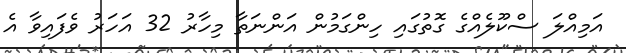
އަމިއްލަ ސްކޫލެއްގެ ގޮތުގައި ހިންގަމުން އަންނަތާ މިހާރު 32 އަހަރު ވެފައިވާ އެ